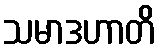
သမာဒဟာတိ